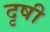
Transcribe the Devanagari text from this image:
दृषी